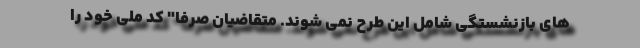
های بازنشستگی شامل این طرح نمی شوند. متقاضیان صرفا" کد ملی خود را